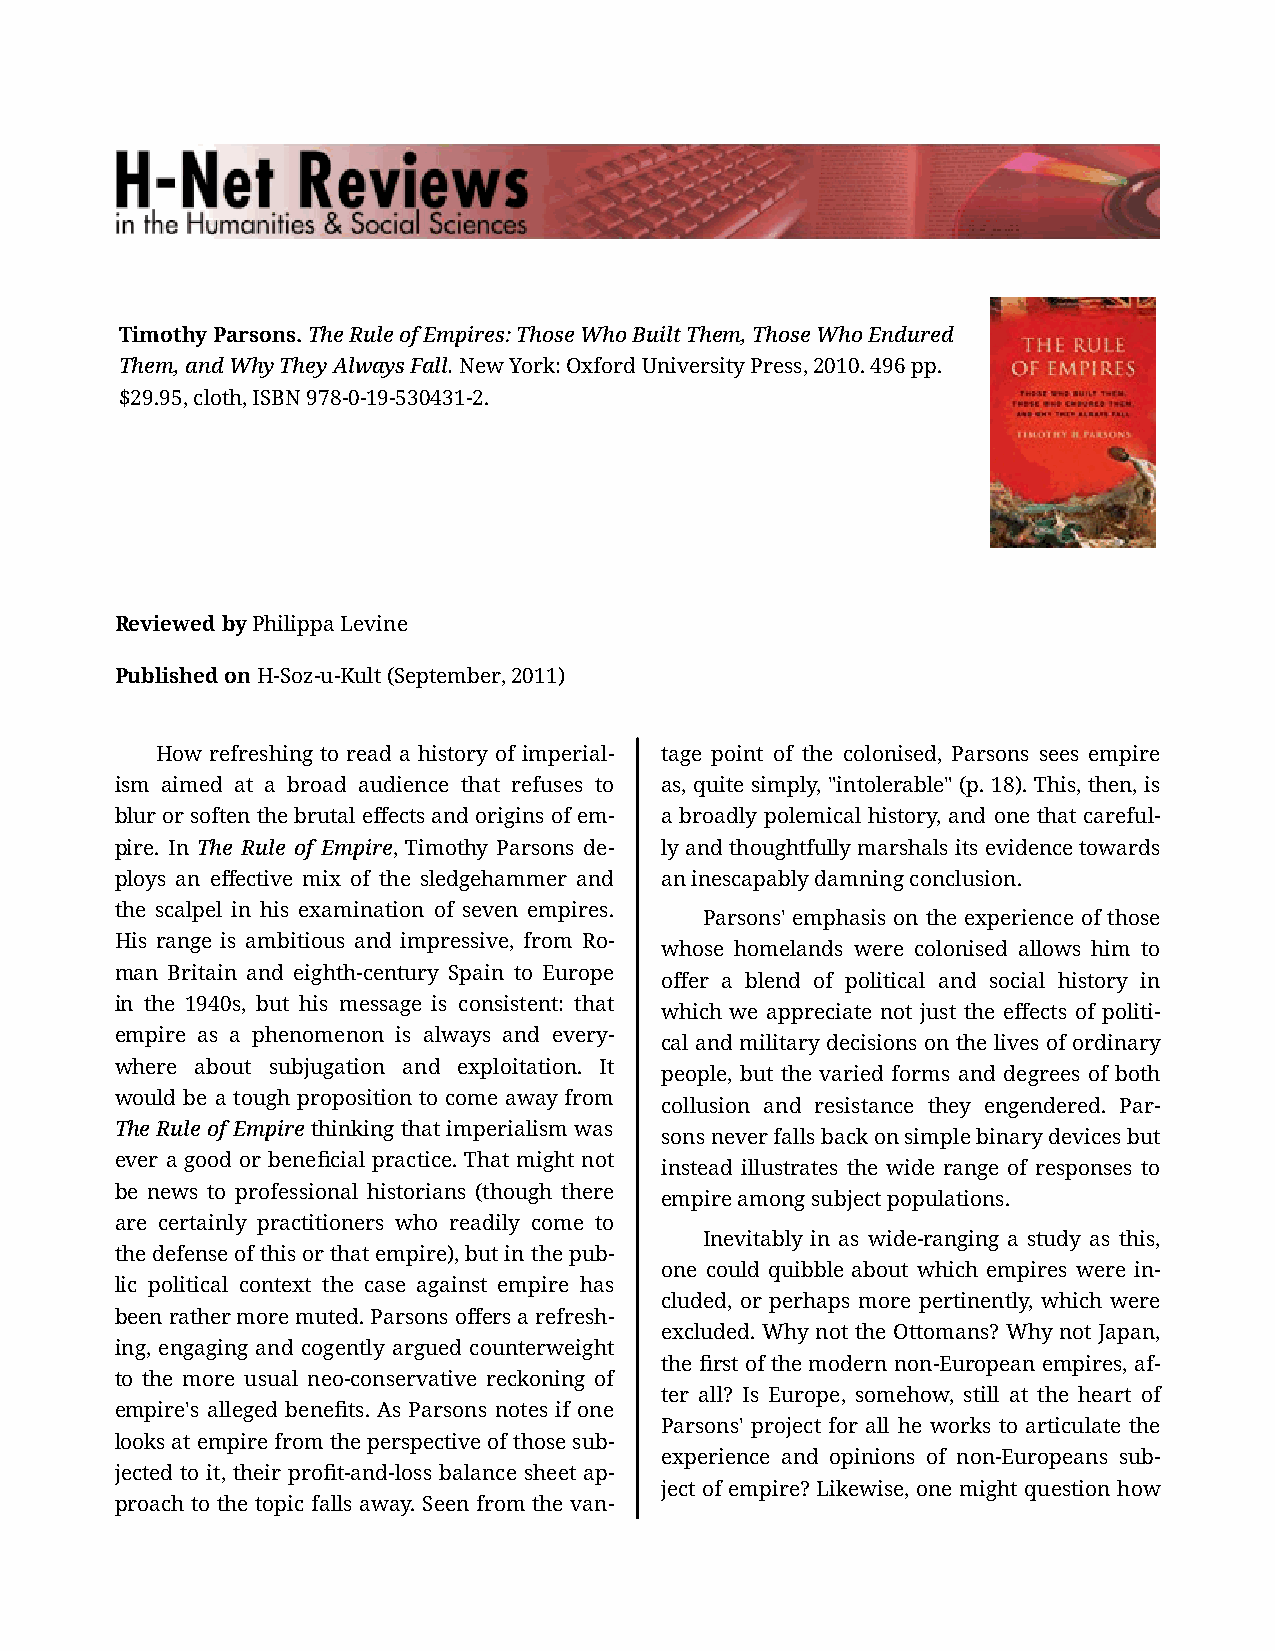
Timothy Parsons. The Rule of Empires: Those Who Built Them, Those Who Endured
 Them, and Why They Always Fall. New York: Oxford University Press, 2010. 496 pp.
 $29.95, cloth, ISBN 978-0-19-530431-2.
 Reviewed by Philippa Levine
 Published on H-Soz-u-Kult (September, 2011)
 How refreshing to read a history of imperial‐ tage point of the colonised, Parsons sees empire
 ism aimed at a broad audience that refuses to as, quite simply, "intolerable" (p. 18). This, then, is
 blur or soften the brutal effects and origins of em‐ a broadly polemical history, and one that careful‐
 pire. In The Rule of Empire, Timothy Parsons de‐ ly and thoughtfully marshals its evidence towards
 ploys an effective mix of the sledgehammer and an inescapably damning conclusion.
 the scalpel in his examination of seven empires.
 Parsons' emphasis on the experience of those
 His range is ambitious and impressive, from Ro‐
 whose homelands were colonised allows him to
 man Britain and eighth-century Spain to Europe
 offer a blend of political and social history in
 in the 1940s, but his message is consistent: that
 which we appreciate not just the effects of politi‐
 empire as a phenomenon is always and every‐
 cal and military decisions on the lives of ordinary
 where about subjugation and exploitation. It
 people, but the varied forms and degrees of both
 would be a tough proposition to come away from
 collusion and resistance they engendered. Par‐
 The Rule of Empire thinking that imperialism was
 sons never falls back on simple binary devices but
 ever a good or beneficial practice. That might not
 instead illustrates the wide range of responses to
 be news to professional historians (though there
 empire among subject populations.
 are certainly practitioners who readily come to
 Inevitably in as wide-ranging a study as this,
 the defense of this or that empire), but in the pub‐
 one could quibble about which empires were in‐
 lic political context the case against empire has
 cluded, or perhaps more pertinently, which were
 been rather more muted. Parsons offers a refresh‐
 excluded. Why not the Ottomans? Why not Japan,
 ing, engaging and cogently argued counterweight
 the first of the modern non-European empires, af‐
 to the more usual neo-conservative reckoning of
 ter all? Is Europe, somehow, still at the heart of
 empire's alleged benefits. As Parsons notes if one
 Parsons' project for all he works to articulate the
 looks at empire from the perspective of those sub‐
 experience and opinions of non-Europeans sub‐
 jected to it, their profit-and-loss balance sheet ap‐
 ject of empire? Likewise, one might question how
 proach to the topic falls away. Seen from the van‐